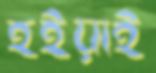
হইয়াই